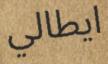
ايطالي